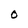
Character: O